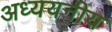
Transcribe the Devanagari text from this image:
अध्ययनीय